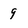
Character: 9